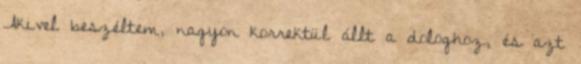
Akivel beszéltem, nagyon korrektül állt a dologhoz, és azt